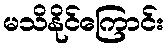
မသိနိုင်ကြောင်း